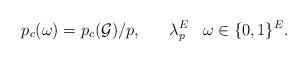
LaTeX: \begin{align*}p_c(\omega)={p_c(\mathcal G)}/{p},\;\;\; \;\;\; \lambda_p^E\;\;\; \omega\in \{0,1\}^E.\end{align*}